Report of the Imperial Institute of Veterinary Research, Muktesar
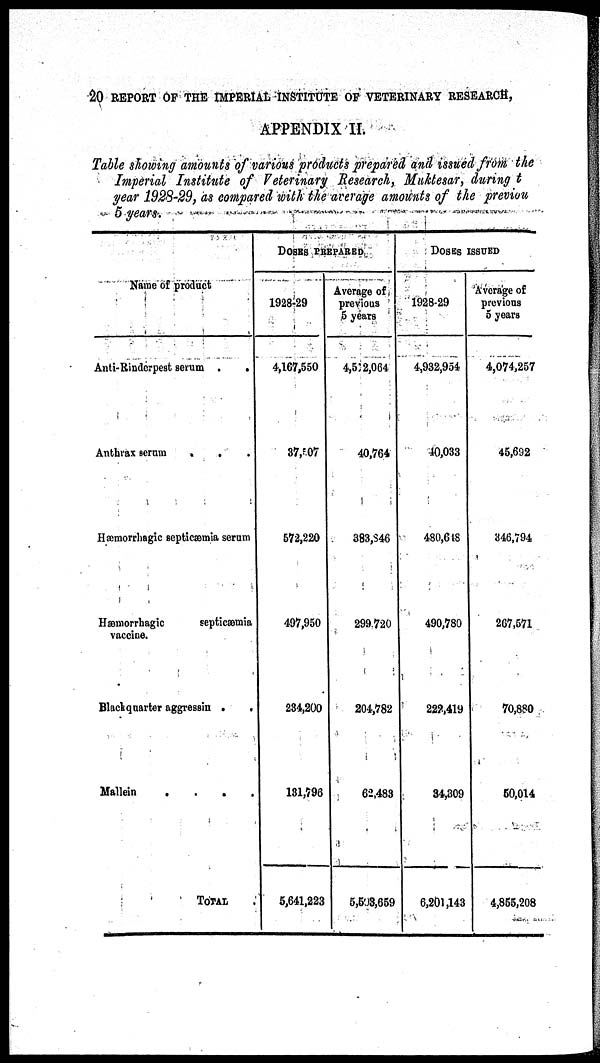
20 REPORT OF THE IMPERIAL INSTITUTE OF VETERINARY RESEARCH,
APPENDIX II.
Table showing amounts of various products prepared and issued from the
Imperial Institute of Veterinary Research, Muktesar, during t
year 1928-29, as compared with the average amounts of the previou
5 years.
Name of product
Anti-Rinderpest serum .
.
Anthrax serum .
.
Hæmorrhagic septicæmia serum
Hæmorrhagic
septicæmia
vaccine.
Blackquarter aggressin .
.
Mallein
....
TOTAL
DOSES PREPARED
1928-29
4,167,550
37,507
572,220
497,950
234,200
131,796
5,641,223
Average of
previous
5 years
4,512,064
40,764
383,846
299,720
204,782
62,483
5,503,659
DOSES ISSUED
1928-29
4,932,954
40,033
480,648
490,780
222,419
34,309
6,201,143
Average of
previous
5 years
4,074,257
45,692
346,794
267,571
70,880
50,014
4,855,208